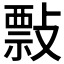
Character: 𢿏